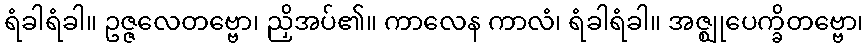
ရံခါရံခါ။ ဥဇ္ဇလေတဗ္ဗော၊ ညှိအပ်၏။ ကာလေန ကာလံ၊ ရံခါရံခါ။ အဇ္ဈုပေက္ခိတဗ္ဗော၊